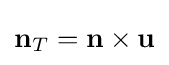
\mathbf {n} _{T}=\mathbf {n} \times \mathbf {u}